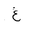
Letter: _gayn